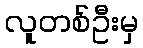
လူတစ်ဦးမှ